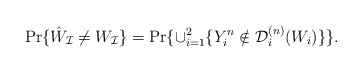
\begin{align*}\Pr\{\hat W_\mathcal{I} \ne W_\mathcal{I}\} = \Pr\{\cup_{i=1}^2\{Y_i^n \notin \mathcal{D}_i^{(n)}(W_i)\}\}.\end{align*}